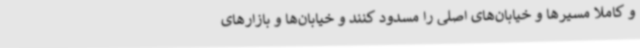
و کاملا مسیرها و خیابان‌های اصلی را مسدود کنند و خیابان‌ها و بازارهای